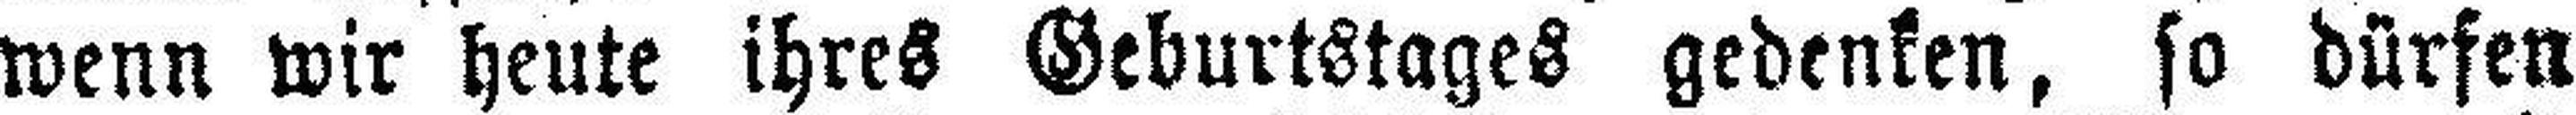
wenn wir heute ihres Geburtstages gedenken, so dürfen